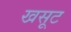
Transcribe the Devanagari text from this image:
खसूट